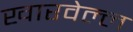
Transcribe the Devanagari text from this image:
खारवेल्ल